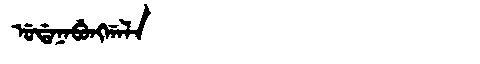
Manchu: ᡠᡩᠠᠨᠠᠪᡠᠩᡤᠠᠯᠠ
Romanization: UDANABUNGGALA